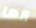
انها